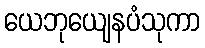
ယေဘုယျေနပံသုကာ